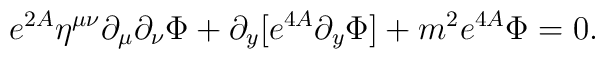
e^{2A}\eta^{\mu\nu}\partial_{\mu}\partial_{\nu}\Phi+\partial_y[e^{4A}\partial_y\Phi]+m^2e^{4A}\Phi=0.